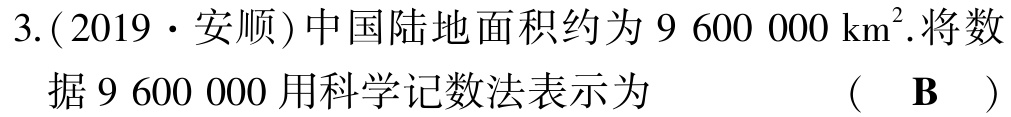
3.(2019·安顺)中国陆地面积约为9 600 000 km².将数据9 600 000用科学记数法表示为 （ B ）